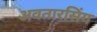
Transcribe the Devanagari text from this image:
अवतारसिंग